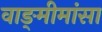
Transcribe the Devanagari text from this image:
वाङ्‍मीमांसा